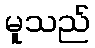
မူသည်